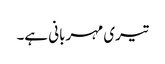
تیری مہربانی ہے۔